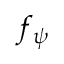
f _ { \psi }